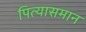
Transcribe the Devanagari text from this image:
पित्यासमान